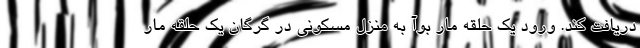
دریافت کند. ورود یک حلقه مار بوآ به منزل مسکونی در گرگان یک حلقه مار